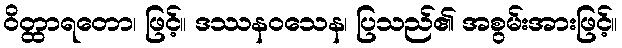
ဝိတ္ထာရတော၊ ဖြင့်။ ဒဿနဝသေန၊ ပြသည်၏ အစွမ်းအားဖြင့်။